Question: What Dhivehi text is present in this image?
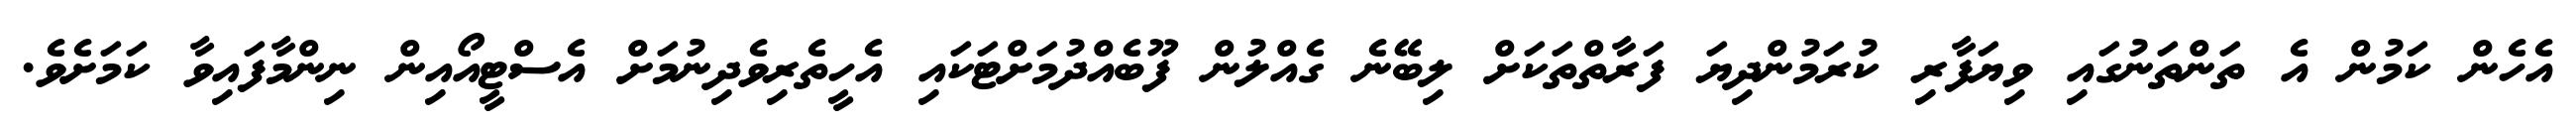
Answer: އެހެން ކަމުން އެ ތަންތަނުގައި ވިޔަފާރި ކުރަމުންދިޔަ ފަރާތްތަކަށް ލިބޭނެ ގެއްލުން ފޫބެއްދުމަށްޓަކައި އެހީތެރިވެދިނުމަށް އެސްޓީއޯއިން ނިންމާފައިވާ ކަމަށެވެ.